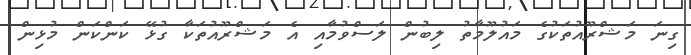
ގިނަ މަޝްރޫއުތަކުގެ މައުލޫމާތު ލިބުން ލަސްވުމާއި އެ މަޝްރޫއުތަކާ ގުޅޭ ކަންކަން މުޅިން